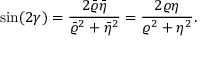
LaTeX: \sin ( 2 \gamma ) = \frac { 2 \bar { \varrho } \bar { \eta } } { \bar { \varrho } ^ { 2 } + \bar { \eta } ^ { 2 } } = \frac { 2 \varrho \eta } { \varrho ^ { 2 } + \eta ^ { 2 } } .